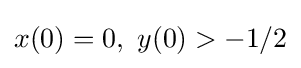
x(0)=0,\ y(0)>-1/2